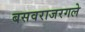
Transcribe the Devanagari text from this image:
बसवराजरगले